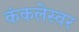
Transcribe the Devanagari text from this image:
कंकलेस्वर